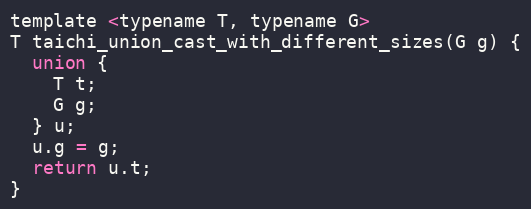
Language: C
template <typename T, typename G>
T taichi_union_cast_with_different_sizes(G g) {
  union {
    T t;
    G g;
  } u;
  u.g = g;
  return u.t;
}